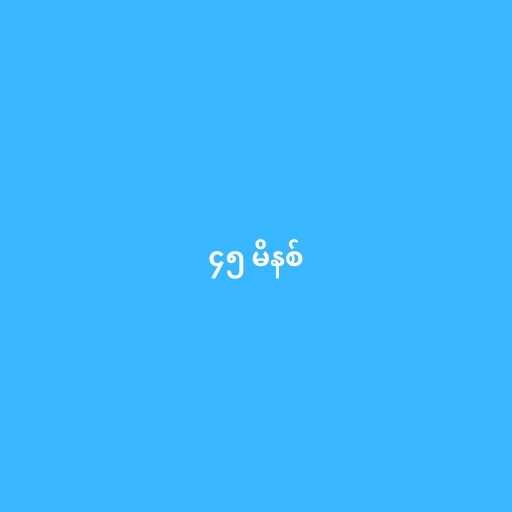
၄၅ မိနစ်